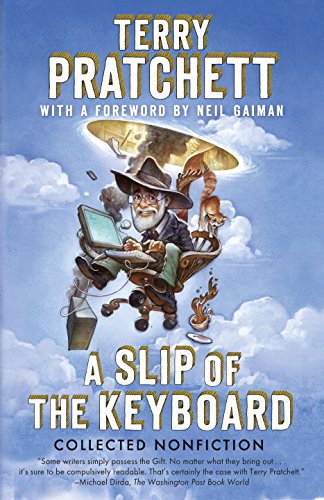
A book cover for A Slip of the Keyboard: Collected Nonfiction; Terry Pratchett; Science Fiction & Fantasy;